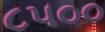
૮૫૦૦